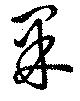
果